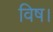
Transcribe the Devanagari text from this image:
विष।